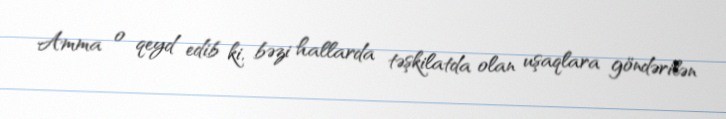
Amma o qeyd edib ki, bəzi hallarda təşkilatda olan uşaqlara göndərilən